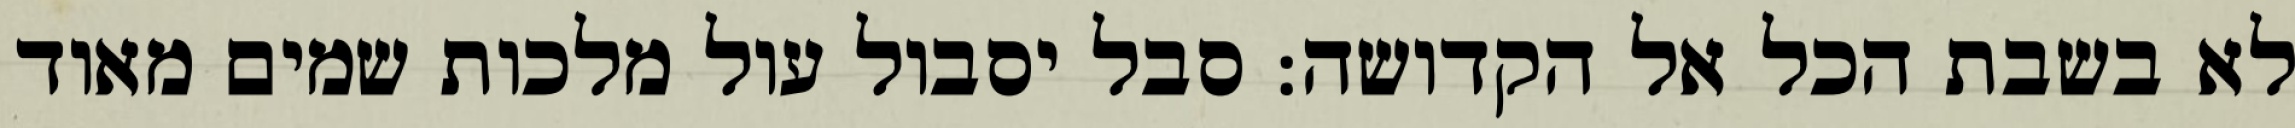
לא בשבת הכל אל הקדושה: סבל יסבול עול מלכות שמים מאוד